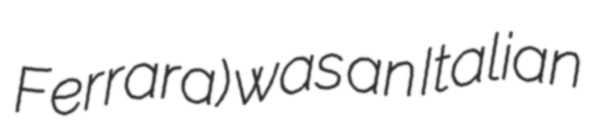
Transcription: Ferrara) was an Italian